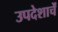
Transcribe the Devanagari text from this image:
उपदेशाचें